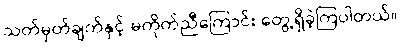
သတ်မှတ်ချက်နှင့် မကိုက်ညီကြောင်း တွေ့ရှိခဲ့ကြပါတယ်။